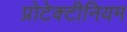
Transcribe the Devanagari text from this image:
प्रोटेक्टीनियम